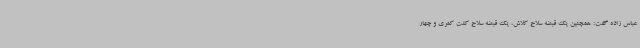
عباس زاده گفت: همچنین یک قبضه سلاح کلاش، یک قبضه سلاح کلت کمری و چهار